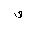
Letter: _waw